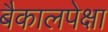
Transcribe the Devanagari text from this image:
बैकालपेक्षा